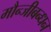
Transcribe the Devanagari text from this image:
मौन्जीबन्धन